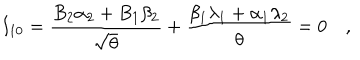
LaTeX: I _ { 1 0 } = { \frac { B _ { 2 } \alpha _ { 2 } + B _ { 1 } \beta _ { 2 } } { \sqrt { \theta } } } + { \frac { \beta _ { 1 } \lambda _ { 1 } + \alpha _ { 1 } \lambda _ { 2 } } { \theta } } = 0 \quad ,